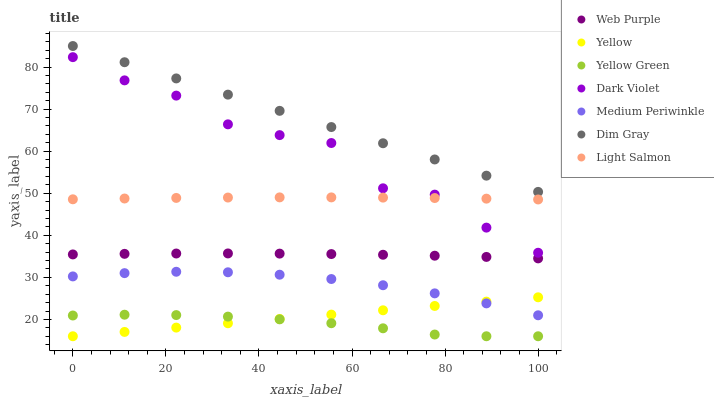
| xaxis_label | Web Purple | Yellow | Yellow Green | Dark Violet | Medium Periwinkle | Dim Gray | Light Salmon |
 | --- | --- | --- | --- | --- | --- | --- | --- |
 | 0 | 35.5 | 16 | 20.9 | 82.4 | 30.2 | 85 | 48.6 |
 | 11.1 | 35.6 | 17 | 21.1 | 76.8 | 31 | 81.1 | 48.7 |
 | 22.2 | 35.7 | 18.1 | 21 | 73.2 | 31.3 | 77.3 | 48.9 |
 | 33.3 | 35.7 | 19.1 | 20.7 | 66.4 | 31.2 | 73.4 | 49 |
 | 44.4 | 35.6 | 20.1 | 20 | 63.8 | 30.6 | 69.6 | 49 |
 | 55.6 | 35.5 | 21.1 | 19.1 | 61.9 | 29.6 | 65.7 | 49 |
 | 66.7 | 35.4 | 22.2 | 17.9 | 51.2 | 28.1 | 61.9 | 49 |
 | 77.8 | 35.1 | 23.2 | 16.4 | 49.7 | 26.2 | 58 | 48.9 |
 | 88.9 | 34.9 | 24.2 | 16 | 41.8 | 23.8 | 54.2 | 48.7 |
 | 100 | 34.5 | 25.3 | 16 | 35.9 | 21 | 50.3 | 48.5 |